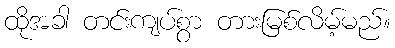
ထိုအခါ တင်းကျပ်စွာ တားမြစ်လိမ့်မည်။